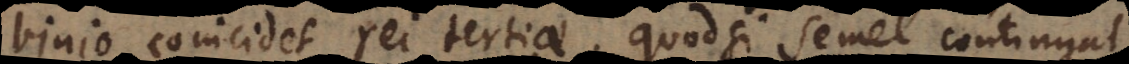
binio coincidet rei tertiae. Quodsi semel contingat,